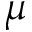
\mu